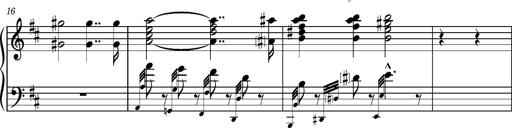
Title: 2 Sketches from 1829, S.692p
Composer: Franz Liszt
Key: B minor
 E flat major